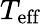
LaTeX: T_{\mathrm{eff}}